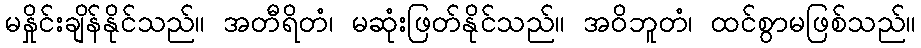
မနှိုင်းချိန်နိုင်သည်။ အတီရိတံ၊ မဆုံးဖြတ်နိုင်သည်။ အဝိဘူတံ၊ ထင်စွာမဖြစ်သည်။